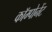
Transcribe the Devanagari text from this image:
काॅम्पोनेंट